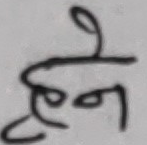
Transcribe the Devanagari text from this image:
हुने